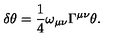
\delta \theta = \frac 1 4 \omega _ { \mu \nu } \Gamma ^ { \mu \nu } \theta .